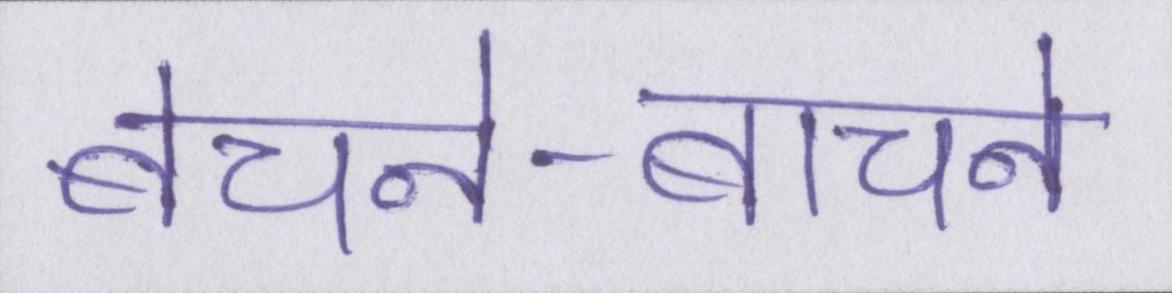
बेचने-बाचने